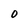
Character: 0